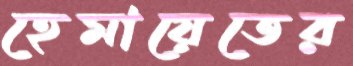
হেমায়েতের